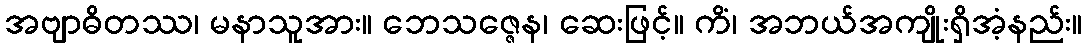
အဗျာဓိတဿ၊ မနာသူအား။ ဘေသဇ္ဇေန၊ ဆေးဖြင့်။ ကိံ၊ အဘယ်အကျိုးရှိအံ့နည်း။